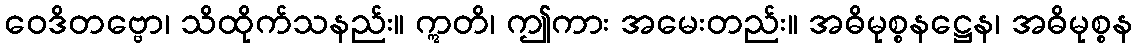
ဝေဒိတဗ္ဗော၊ သိထိုက်သနည်း။ ဣတိ၊ ဤကား အမေးတည်း။ အဓိမုစ္စနဋ္ဌေန၊ အဓိမုစ္စန